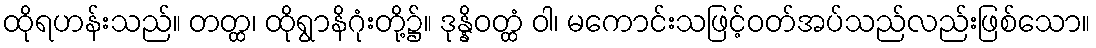
ထိုရဟန်းသည်။ တတ္ထ၊ ထိုရွာနိဂုံးတို့၌။ ဒုန္နိဝတ္ထံ ဝါ၊ မကောင်းသဖြင့်ဝတ်အပ်သည်လည်းဖြစ်သော။